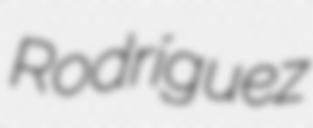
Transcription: Rodríguez